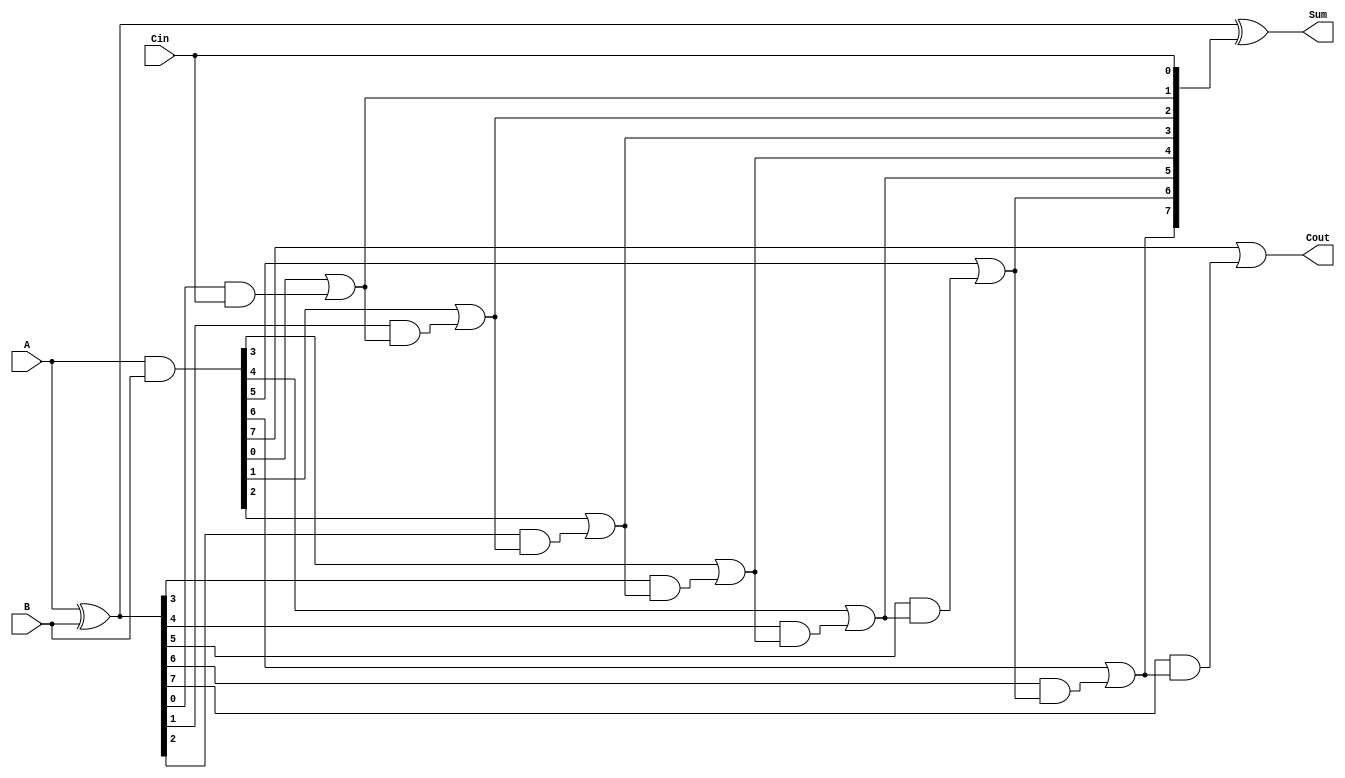
module ParallelPrefixAdder #(parameter N = 8) (
    input  [N-1:0] A,       // First operand
    input  [N-1:0] B,       // Second operand
    input        Cin,       // Carry-in
    output [N-1:0] Sum,     // Sum output
    output       Cout       // Carry-out
);

    wire [N-1:0] G;         // Generate signals
    wire [N-1:0] P;         // Propagate signals
    wire [N:0] C;           // Carry signals

    // Generate and Propagate calculations
    assign G = A & B;       // Generate
    assign P = A ^ B;       // Propagate

    // Carry calculation using Kogge-Stone prefix network
    assign C[0] = Cin; // Initial carry in

    genvar i, j;
    // First level of the prefix network
    for (i = 0; i < N; i = i + 1) begin
        assign C[i+1] = G[i] | (P[i] & C[i]);
    end

    // Sum calculation
    assign Sum = P ^ C[N-1:0]; // Final sum

    // Final carry out
    assign Cout = C[N];

endmodule